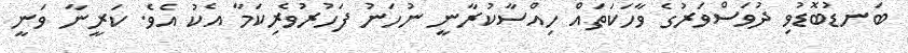
ބަނޑުބޮޑުވި ދުވަސްވަރުގެ ވާހަކަތައް ހިއްސާކުރާނީ ނުހަނު ފަހުރުވެރިކަމާ އެކު އެވެ. ކަރީނާ ވަނީ